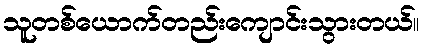
သူတစ်ယောက်တည်းကျောင်းသွားတယ်။